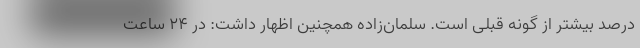
درصد بیشتر از گونه قبلی است. سلمان‌زاده همچنین اظهار داشت: در ۲۴ ساعت